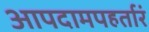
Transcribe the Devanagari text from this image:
आपदामपहर्तारं